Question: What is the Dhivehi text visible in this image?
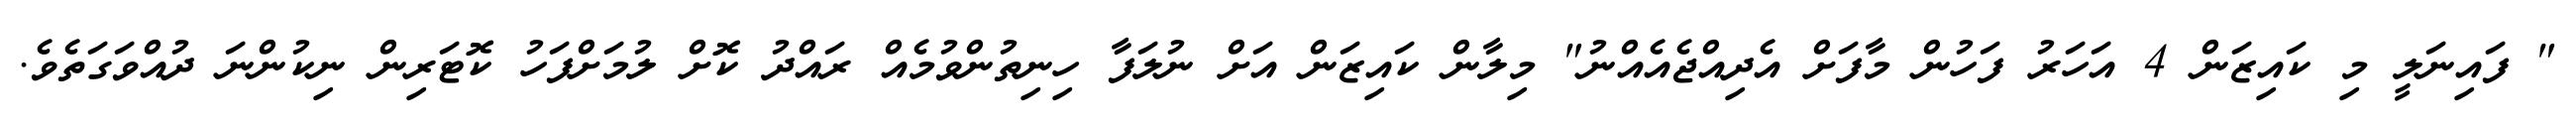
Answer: " ފައިނަލީ މި ކައިޒަން 4 އަހަރު ފަހުން މާފަށް އެދިއްޖެއެއްނު" މިލާން ކައިޒަން އަށް ނުލަފާ ހިނިތުންވުމެއް ރައްދު ކޮށް ލުމަށްފަހު ކޮޓަރިން ނިކުންނަ ދުއްވަގަތެވެ.